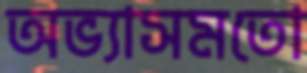
অভ্যাসমতো